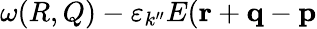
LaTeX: \omega(R,Q)-\varepsilon_{k^{\prime\prime}}E({\mathbf r}+{\mathbf q}-{\mathbf p}